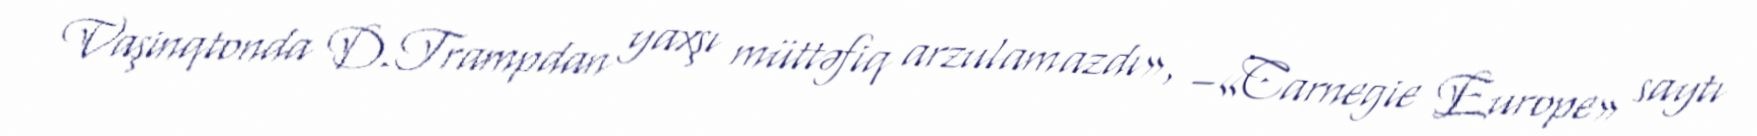
Vaşinqtonda D.Trampdan yaxşı müttəfiq arzulamazdı», –«Carnegie Europe» saytı